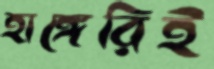
হাঙ্গেরিই